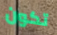
تكون